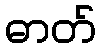
ဓာတ်